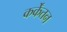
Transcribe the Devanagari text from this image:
कर्केंतन